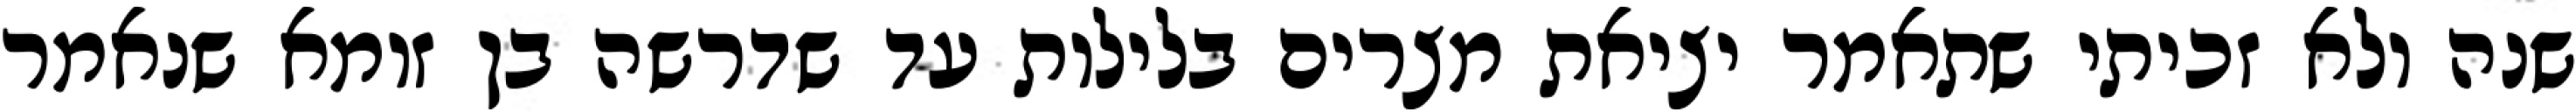
שנה ולא זכיתי שתאמר יציאת מצרים בלילות עד שדרשה בן זומא שנאמר